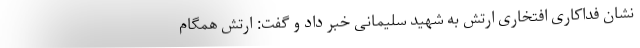
نشان فداکاری افتخاری ارتش به شهید سلیمانی خبر داد و گفت: ارتش همگام